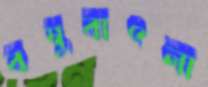
বম্বুবাৎলা